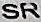
SR